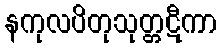
နကုလပိတုသုတ္တဋီကာ